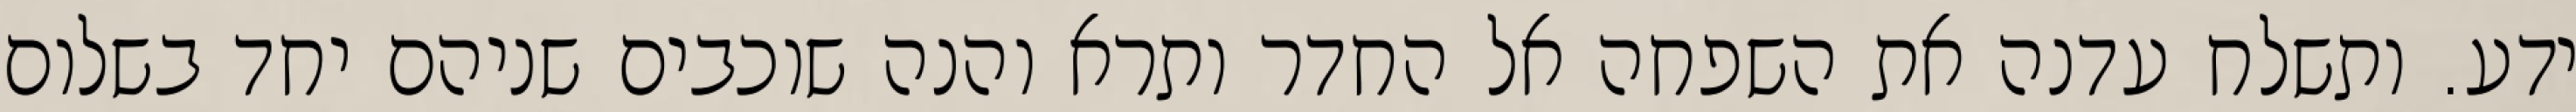
ידע. ותשלח עדנה את השפחה אל החדר ותרא והנה שוכבים שניהם יחד בשלום